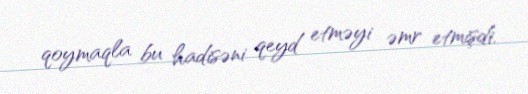
qoymaqla bu hadisəni qeyd etməyi əmr etmişdi.